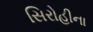
સિરોહીના